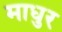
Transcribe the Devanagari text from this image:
माधुर